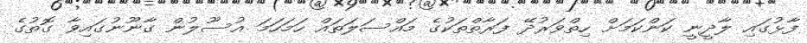
ފާޅުގައި ލާދީނީ ކަންކަމަށް ހިތްވަރުދޭ ފަރާތްތަކުގެ މައްސަލަތައް ހަމަހަމަ އުސޫލުން ގާނޫނުގައިވާ ގޮތުގެ